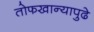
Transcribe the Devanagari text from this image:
तोफखान्यापुढे